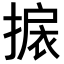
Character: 𢲙